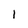
Character: 1